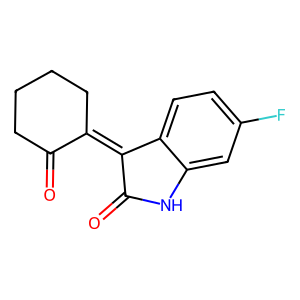
SMILES: O=C1CCCCC1=C1C(=O)Nc2cc(F)ccc21
Inhibits HIV replication: No